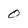
Character: 0